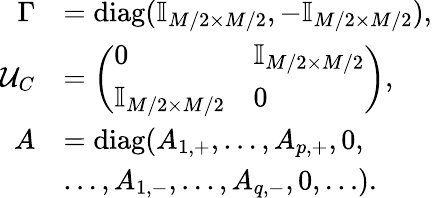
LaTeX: \begin{array}{rl}{\Gamma}&{=\mathrm{diag}(\mathbb{I}_{M/2\times M/2},-\mathbb{I}_{M/2\times M/2}),}\\ {\mathcal{U}_{C}}&{=\left(\begin{array}{ll}{0}&{\mathbb{I}_{M/2\times M/2}}\\ {\mathbb{I}_{M/2\times M/2}}&{0}\end{array}\right),}\\ {A}&{=\mathrm{diag}(A_{1,+},\ldots,A_{p,+},0,}\\ &{\ldots,A_{1,-},\ldots,A_{q,-},0,\ldots).}\end{array}